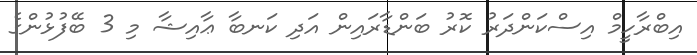
އިބްރާހީމް އިސްކަންދަރު ކޮރު ބަންޑާރައިން އަދި ކަނބާ ޢާއިޝާ މި 3 ބޭފުޅުންގެ